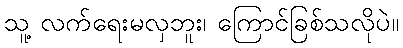
သူ့ လက်ရေးမလှဘူး၊ ကြောင်ခြစ်သလိုပဲ။